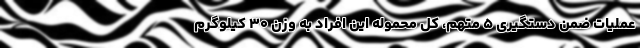
عملیات ضمن دستگیری ۵ متهم، کل محموله این افراد به وزن ۳۰ کیلوگرم